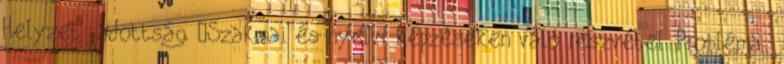
Helyzet adottság ▪Szakmai és nyelvi képzéseken való részvétel. Probléma